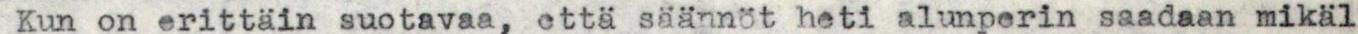
Kun on erittäin suotavaa, että säännöt heti alunperin saadaan mikäl